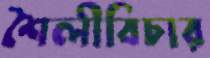
শৈলীবিচার